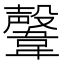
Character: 𩏜